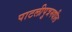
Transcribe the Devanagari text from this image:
पाटलीपुत्रमधील